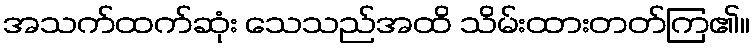
အသက်ထက်ဆုံး သေသည်အထိ သိမ်းထားတတ်ကြ၏။